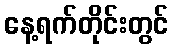
နေ့ရက်တိုင်းတွင်